Annual report on the working of the mental hospitals in the Madras Presidency - 1912-1932
Year: 1912
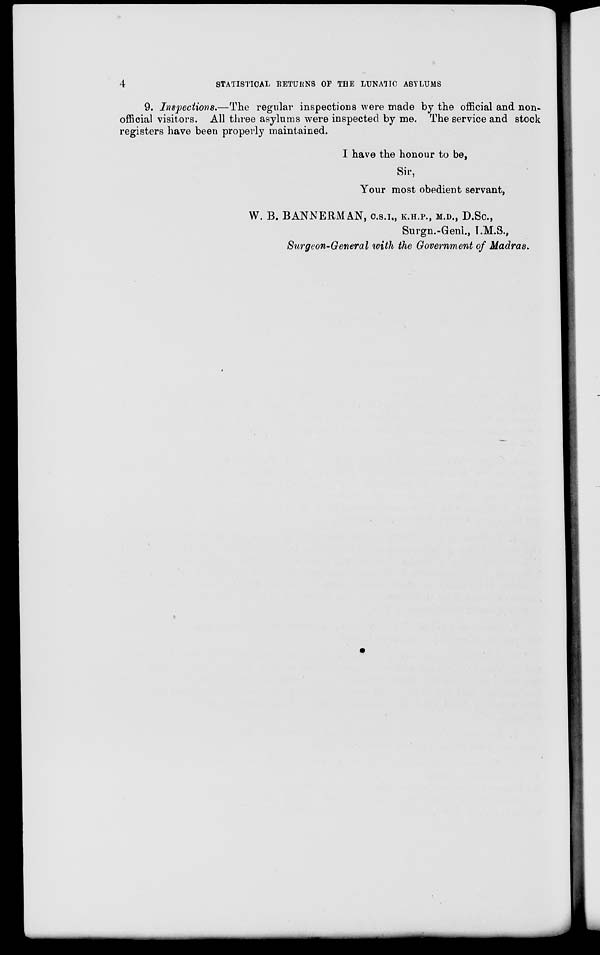
4
STATISTICAL RETURNS OF THE LUNATIC ASYLUMS
9. Inspections.—The regular inspections were made by the official and non-
official visitors. All three asylums were inspected by me. The service and stock
registers have been properly maintained.
I have the honour to be,
Sir,
Your most obedient servant,
W. B. BANNERMAN, C.S.I., K.H.P., M.D., D.Sc.,
Surgn.-Genl., I.M.S.,
Surgeon-General with the Government of Madras.